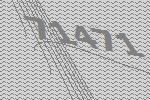
71471